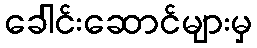
ခေါင်းဆောင်များမှ